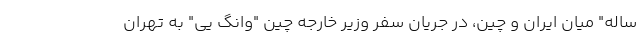
ساله" میان ایران و چین، در جریان سفر وزیر خارجه چین "وانگ یی" به تهران